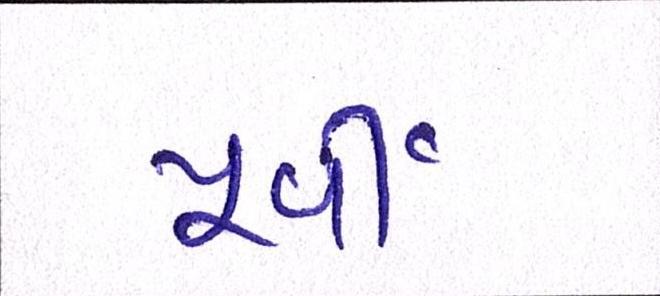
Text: પૂર્વી